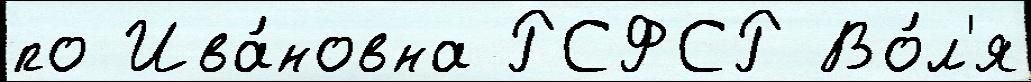
по Ива́новна РСФСР Во́л'я